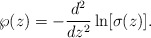
\begin{align*}\wp(z)=-\frac{d^2}{dz^2}\ln[\sigma(z)].\end{align*}